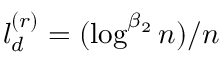
l _ { d } ^ { ( r ) } = ( \log ^ { \beta _ { 2 } } n ) / n